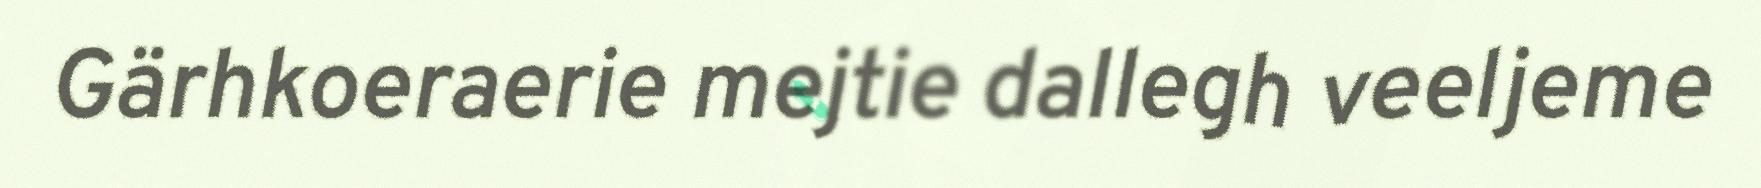
Gärhkoeraerie mejtie dallegh veeljeme